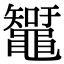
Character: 䵹